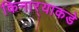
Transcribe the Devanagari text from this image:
किनार्‍याकडे